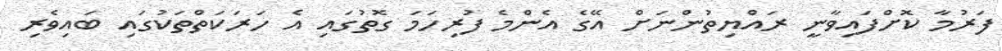
ފަރުމާ ކޮށްފައިވާނީ ރައްޔިތުންނަށް އޭގެ އެންމެ ފުރިހަމަ ގޮތުގައި އެ ހަރަކަތްތަކުގައި ބައިވެރި